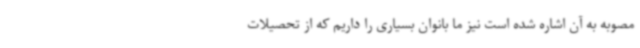
مصوبه به آن اشاره شده است نیز ما بانوان بسیاری را داریم که از تحصیلات